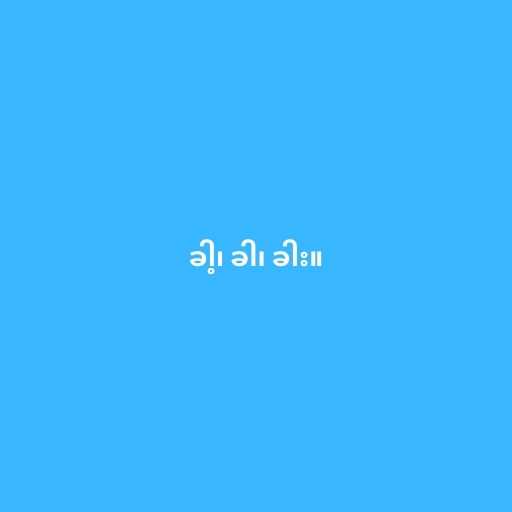
ခါ့၊ ခါ၊ ခါး။